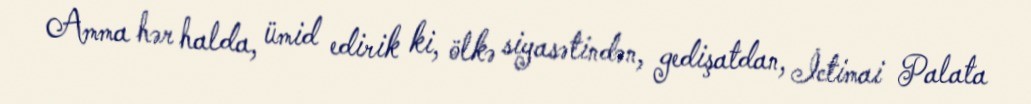
Amma hər halda, ümid edirik ki, ölkə siyasətindən, gedişatdan, İctimai Palata